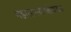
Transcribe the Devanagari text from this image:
महासागरांपलीकडील